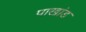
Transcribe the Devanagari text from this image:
पाखांड